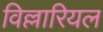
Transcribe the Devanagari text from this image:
विल्लारियल